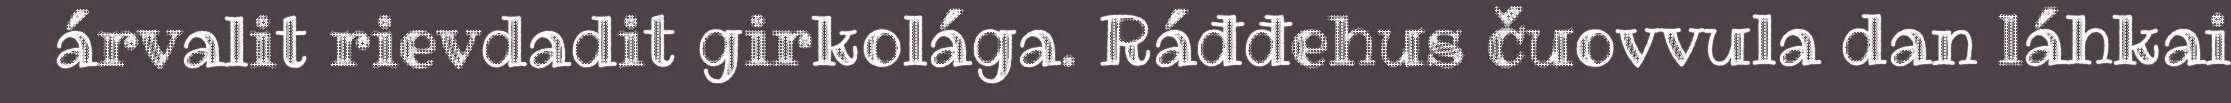
árvalit rievdadit girkolága. Ráđđehus čuovvula dan láhkai